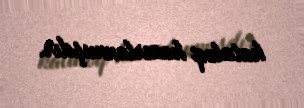
kataloq hazırlanmışdır.